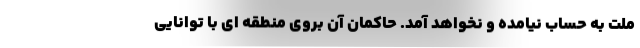
ملت به حساب نیامده و نخواهد آمد. حاکمان آن بروی منطقه ای با توانایی